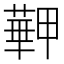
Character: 𦾏